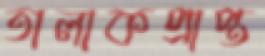
তালাকপ্রাপ্ত